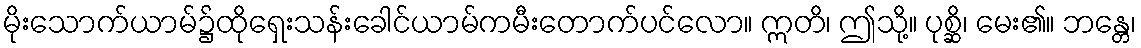
မိုးသောက်ယာမ်၌ထိုရှေးသန်းခေါင်ယာမ်ကမီးတောက်ပင်လော။ ဣတိ၊ ဤသို့။ ပုစ္ဆိ၊ မေး၏။ ဘန္တေ၊